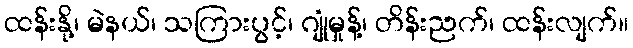
ထန်းနို့၊ မဲနယ်၊ သကြားပွင့်၊ ဂျုံမှုန့်၊ တိန်းညက်၊ ထန်းလျက်။